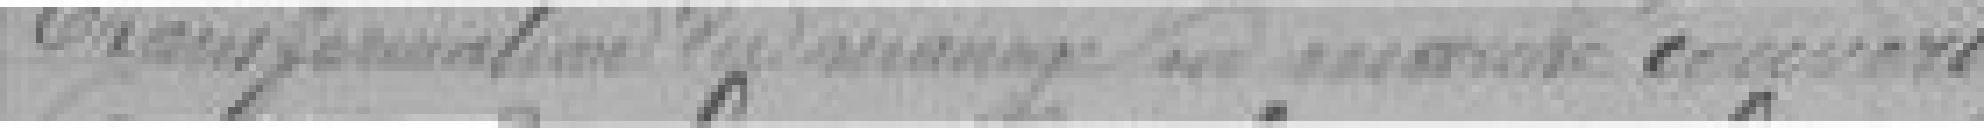
Transformation du manège du marché couvert